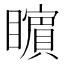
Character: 𭿬